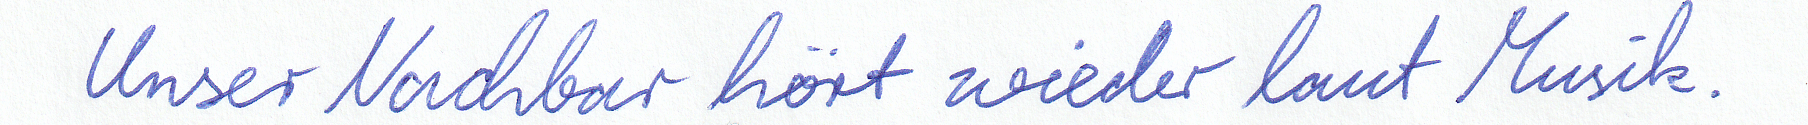
Unser Nachbar hört wieder laut Musik.